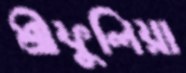
শ্রীফুলিয়া